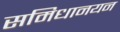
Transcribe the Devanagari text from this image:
समिधानयन